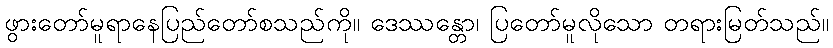
ဖွားတော်မူရာနေပြည်တော်စသည်ကို။ ဒေဿန္တော၊ ပြတော်မူလိုသော တရားမြတ်သည်။